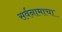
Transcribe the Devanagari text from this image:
सर्वनामाचा